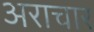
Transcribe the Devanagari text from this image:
अराचार